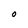
Character: O